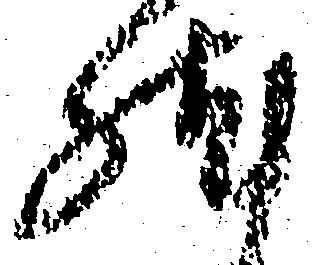
然